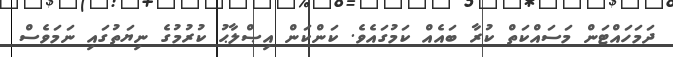
ދަމަހައްޓަން މަސައްކަތް ކުރާ ބައެއް ކަމުގައެވެ. ކަންކަން އިޞްލާޙު ކުރުމުގެ ނިޔަތުގައި ނަމަވެސް